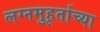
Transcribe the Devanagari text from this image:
लग्नमुहूर्ताच्या